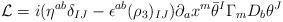
LaTeX: \begin{align*}{\cal L}= i (\eta^{ab} \delta_{IJ} - \epsilon^{ab}(\rho_{3})_{IJ}) \partial_a x^{m } \bar \theta^I \Gamma_{m} D_b\theta^J\end{align*}